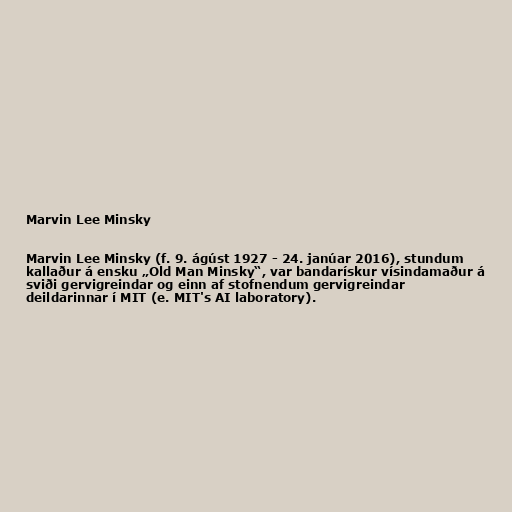
Marvin Lee Minsky

Marvin Lee Minsky (f. 9. ágúst 1927 - 24. janúar 2016), stundum
kallaður á ensku „Old Man Minsky“, var bandarískur vísindamaður á
sviði gervigreindar og einn af stofnendum gervigreindar
deildarinnar í MIT (e. MIT's AI laboratory).